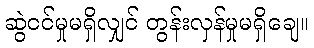
ဆွဲငင်မှုမရှိလျှင် တွန်းလှန်မှုမရှိချေ။